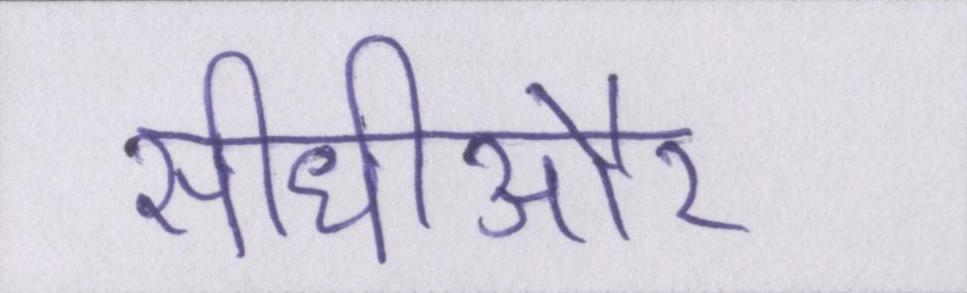
सीधीऔर